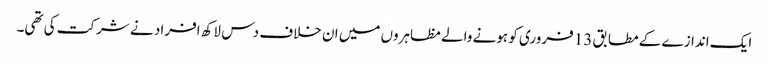
ایک اندازے کے مطابق 13 فروری کو ہونے والے مظاہروں میں ان خلاف دس لاکھ افراد نے شرکت کی تھی۔